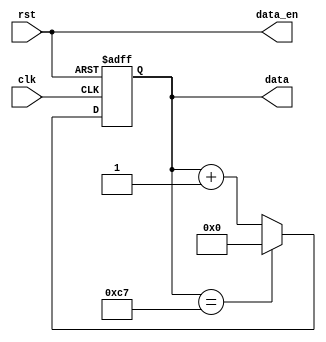
module DATA_GEN
(
	input wire          clk		,	//50MHZ
	
	input wire 		    rst		,
	
	output wire         data_en	,
	
	output reg  [7:0]   data		
);
 
 
 
always@(posedge clk or negedge rst)
	if(~rst)
		data <= 8'b0;
	else if(data == 'd199)
		data <= 8'b0;
	else
		data <= data + 1'b1;
		
assign data_en = (rst== 1'b1);
 
endmodule